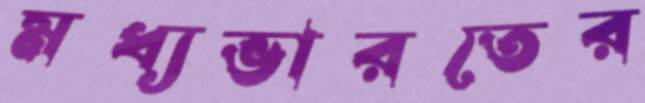
মধ্যভারতের